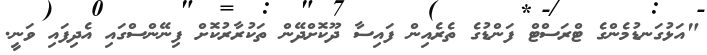
"އަޅުގަނޑުމެންގެ ޓްރަސްޓް ފަންޑުގެ ތެރެއިން ފައިސާ ދޫކޮށްދޭން ތަކުރާރުކޮށް ފިނޭންސްގައި އެދިފައި ވަނީ.